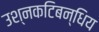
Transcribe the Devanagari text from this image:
उश्नकटिबन्धिय